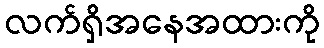
လက်ရှိအနေအထားကို